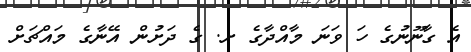
އެ ގާނޫނުގެ ހަ ވަނަ މާއްދާގެ ށ. ގެ ދަށުން އޭނާގެ މައްޗަށް